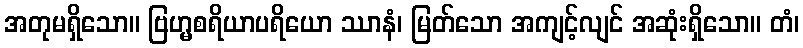
အတုမရှိသော။ ဗြဟ္မစရိယာပရိယော ဿာနံ၊ မြတ်သော အကျင့်လျင် အဆုံးရှိသော။ တံ၊